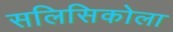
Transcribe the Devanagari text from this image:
सलिसिकोला